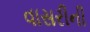
વાસરીની